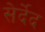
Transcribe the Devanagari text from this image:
सेर्देद